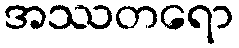
အဿတရော